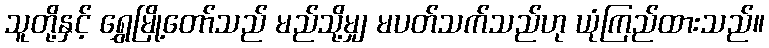
သူတို့နှင့် ရွှေမြို့တော်သည် မည်သို့မျှ မပတ်သက်သည်ဟု ယုံကြည်ထားသည်။